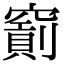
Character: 𥨐